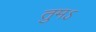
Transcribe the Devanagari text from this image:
तुमऽ